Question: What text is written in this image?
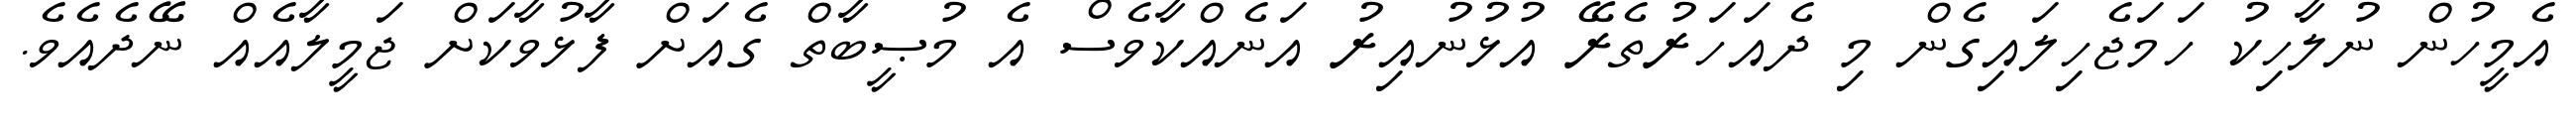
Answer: އެމީހުން ނުލާހިކު ހަމަޖެހިލައިގެން މި ދެއަހަރުތެރޭ އުޅުނުއިރު އަނެއްކާވެސް އެ މުޞީބާތް ގެއަށް ފާޅުވާކަށް ޖަމީލާއެއް ނޭދެއެވެ.